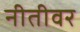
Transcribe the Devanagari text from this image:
नीतीवर